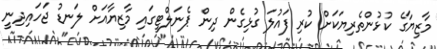
މާޒިޔާގެ ކުޅުންތެރިޔަކަށް ކުރި ފައުލަ ގުޅިގެން ދިން ޕެނަލްޓީގައި މާޒިޔާއަށް ލަނޑު ޖަހައިދިނީ